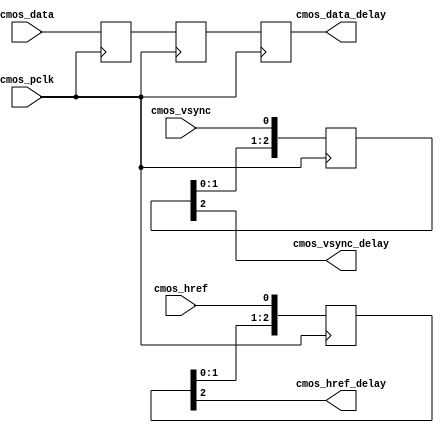
// This program was cloned from: https://github.com/MongooseOrion/FPGA-Image-Recognition
// License: GNU General Public License v3.0

module camera_delay
(
   input                cmos_pclk,              //cmos pxiel clock
   input                cmos_href,              //cmos hsync refrence
	input                cmos_vsync,             //cmos vsync
	input     [7:0]      cmos_data,              //cmos data

   output               cmos_href_delay,              //cmos hsync refrence
	output               cmos_vsync_delay,             //cmos vsync
	output     [7:0]     cmos_data_delay              //cmos data
) ;

reg [2:0] cmos_href_buf ;
reg [2:0] cmos_vsync_buf ;
reg [7:0] cmos_data_d0 ;
reg [7:0] cmos_data_d1 ;
reg [7:0] cmos_data_d2 ;


always @(posedge cmos_pclk)
begin 
  cmos_href_buf <= {cmos_href_buf[1:0], cmos_href} ;
end

always @(posedge cmos_pclk)
begin 
  cmos_vsync_buf <= {cmos_vsync_buf[1:0], cmos_vsync} ;
end

always @(posedge cmos_pclk)
begin 
  cmos_data_d0 <= cmos_data ;
  cmos_data_d1 <= cmos_data_d0 ;
  cmos_data_d2 <= cmos_data_d1 ;
end

assign cmos_href_delay = cmos_href_buf[2] ;
assign cmos_vsync_delay = cmos_vsync_buf[2] ;
assign cmos_data_delay = cmos_data_d2 ;



endmodule